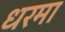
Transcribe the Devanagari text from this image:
धरमा